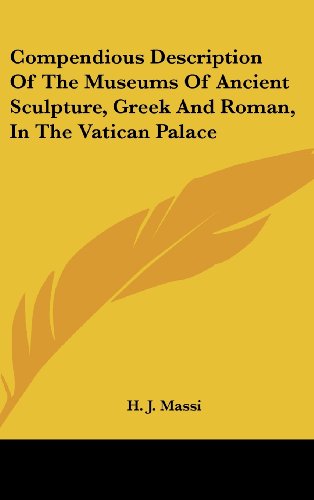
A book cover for Compendious Description Of The Museums Of Ancient Sculpture, Greek And Roman, In The Vatican Palace; H. J. Massi; Travel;